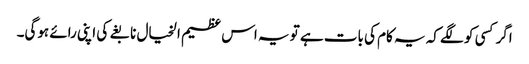
اگر کسی کو لگے کہ یہ کام کی بات ہے تو یہ اس عظیم الخیال نابغے کی اپنی رائے ہوگی۔